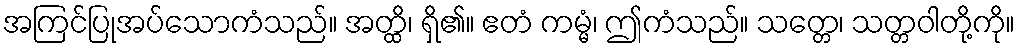
အကြင်ပြုအပ်သောကံသည်။ အတ္ထိ၊ ရှိ၏။ ဧတံ ကမ္မံ၊ ဤကံသည်။ သတ္တေ၊ သတ္တဝါတို့ကို။